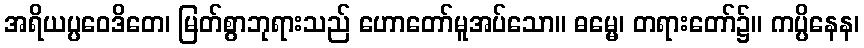
အရိယပ္ပဝေဒိတေ၊ မြတ်စွာဘုရားသည် ဟောတော်မူအပ်သော။ ဓမ္မေ၊ တရားတော်၌။ ကပ္ပိနေန၊